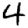
Digit: 4